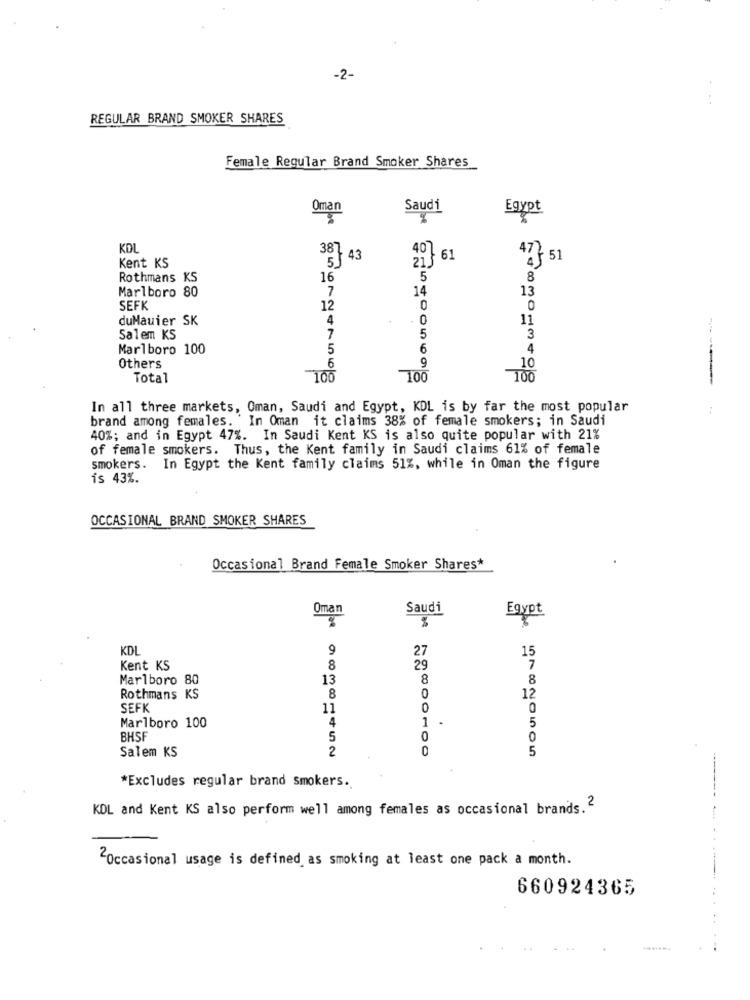
-2-
:
REGULAR BRAND SMOKER SHARES
Female Regular Brand Smoker Shares
Oman
Saudi
Egypt
KDL
Kent KS
5 43
4061
47 51
Rothmans KS
16
5
8
Marlboro 80
14
13
7
SEFK
12
0
0
duMauier SK
4
. 0
11
Salem KS
7
5
3
Marlboro 100
5
6
4
Others
6
9
10
Total
100
100
100
In all three markets, Oman, Saudi and Egypt, KDL is by far the most popular
brand among females. ' In Oman it claims 38% of female smokers; in Saudi
40%; and in Egypt 47%. In Saudi Kent KS is also quite popular with 21%
of female smokers. Thus, the Kent family in Saudi claims 61% of female
smokers. In Egypt the Kent family claims 51%, while in Oman the figure
is 43%.
OCCASIONAL BRAND SMOKER SHARES
Occasional Brand Female Smoker Shares*
Oman
Saudi
Egypt
KDL
9
27
15
Kent KS
8
29
7
Marlboro 80
13
8
8
12
Rothmans KS
8
0
SEFK
11
0
4
1
5
Marlboro 100
BHSF
5
0
0
Salem KS
2
5
*Excludes regular brand Smokers.
KDL and Kent KS also perform well among females as occasional brands.2
"Occasional usage is defined as smoking at least one pack a month.
660924365